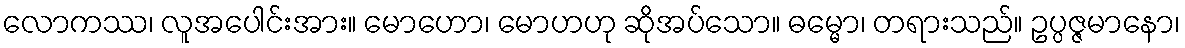
လောကဿ၊ လူအပေါင်းအား။ မောဟော၊ မောဟဟု ဆိုအပ်သော။ ဓမ္မော၊ တရားသည်။ ဥပ္ပဇ္ဇမာနော၊